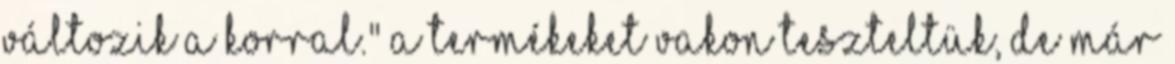
változik a korral." A termékeket vakon teszteltük, de már